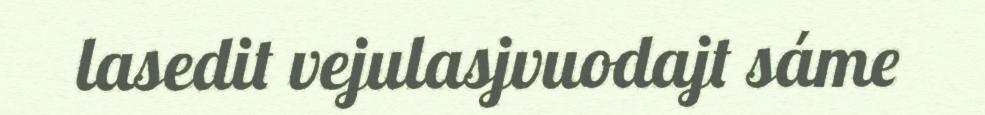
lasedit vejulasjvuodajt sáme